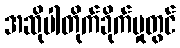
အဆိုပါတိုက်ခိုက်မှုတွင်